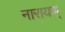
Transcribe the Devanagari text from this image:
नारायण्